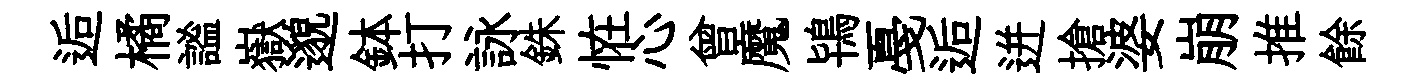
逅橘謐嶽邈鉢打詠銖恠心曾魔鴇戞逅迸搶婆崩推餘